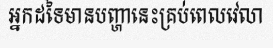
អ្នកដទៃមានបញ្ហានេះគ្រប់ពេលវេលា